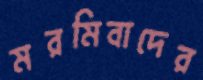
মরমিবাদের